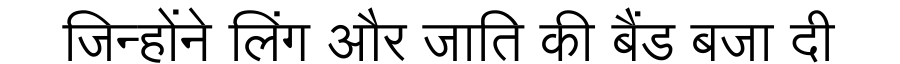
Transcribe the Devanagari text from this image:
जिन्होंने लिंग और जाति की बैंड बजा दी